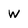
Character: W